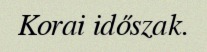
Korai időszak.